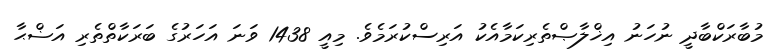
މުބާރަކްބާދީ ނުހަނު އިޚްލާޞްތެރިކަމާއެކު އަރިސްކުރަމެވެ. މިއީ 1438 ވަނަ އަހަރުގެ ބަރަކާތްތެރި އަޟްޙާ